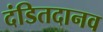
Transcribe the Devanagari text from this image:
दंडितदानव